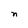
Character: n